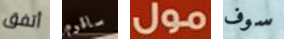
أتفق ساقوم مول سوف